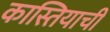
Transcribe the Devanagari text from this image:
कास्तियाची